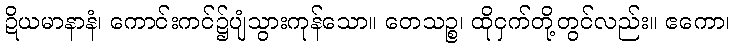
ဍိယမာနာနံ၊ ကောင်းကင်၌ပျံသွားကုန်သော။ တေသဉ္စ၊ ထိုငှက်တို့တွင်လည်း။ ဧကော၊